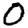
Digit: 0